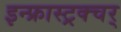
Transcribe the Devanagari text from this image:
इन्फ्रास्ट्रक्चर्